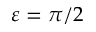
\varepsilon = \pi / 2